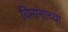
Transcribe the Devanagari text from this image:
विमांनांच्या